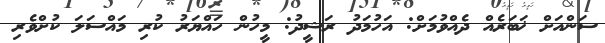
ސަންއަށް ޚަބަރެއް ދެއްވުމަށް: އަހުމަދު ރަޝީދު: މީހުން ހައްޔަރު ކުރި މައްސަލަ ކުށްވެރި